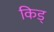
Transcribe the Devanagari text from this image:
किड्